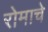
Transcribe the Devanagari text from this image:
रोमाचे